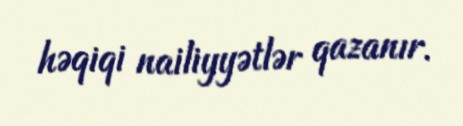
həqiqi nailiyyətlər qazanır.